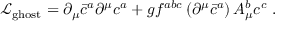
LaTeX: { \mathcal { L } } _ { \mathrm { g h o s t } } = \partial _ { \mu } { \bar { c } } ^ { a } \partial ^ { \mu } c ^ { a } + g f ^ { a b c } \left( \partial ^ { \mu } { \bar { c } } ^ { a } \right) A _ { \mu } ^ { b } c ^ { c } \; .